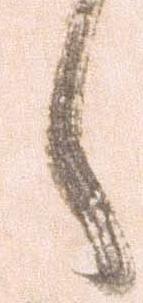
候